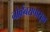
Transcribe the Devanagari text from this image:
नोव्हेंबरापासून